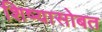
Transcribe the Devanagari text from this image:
शिष्यासोबत